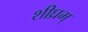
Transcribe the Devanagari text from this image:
शीघ्रम्